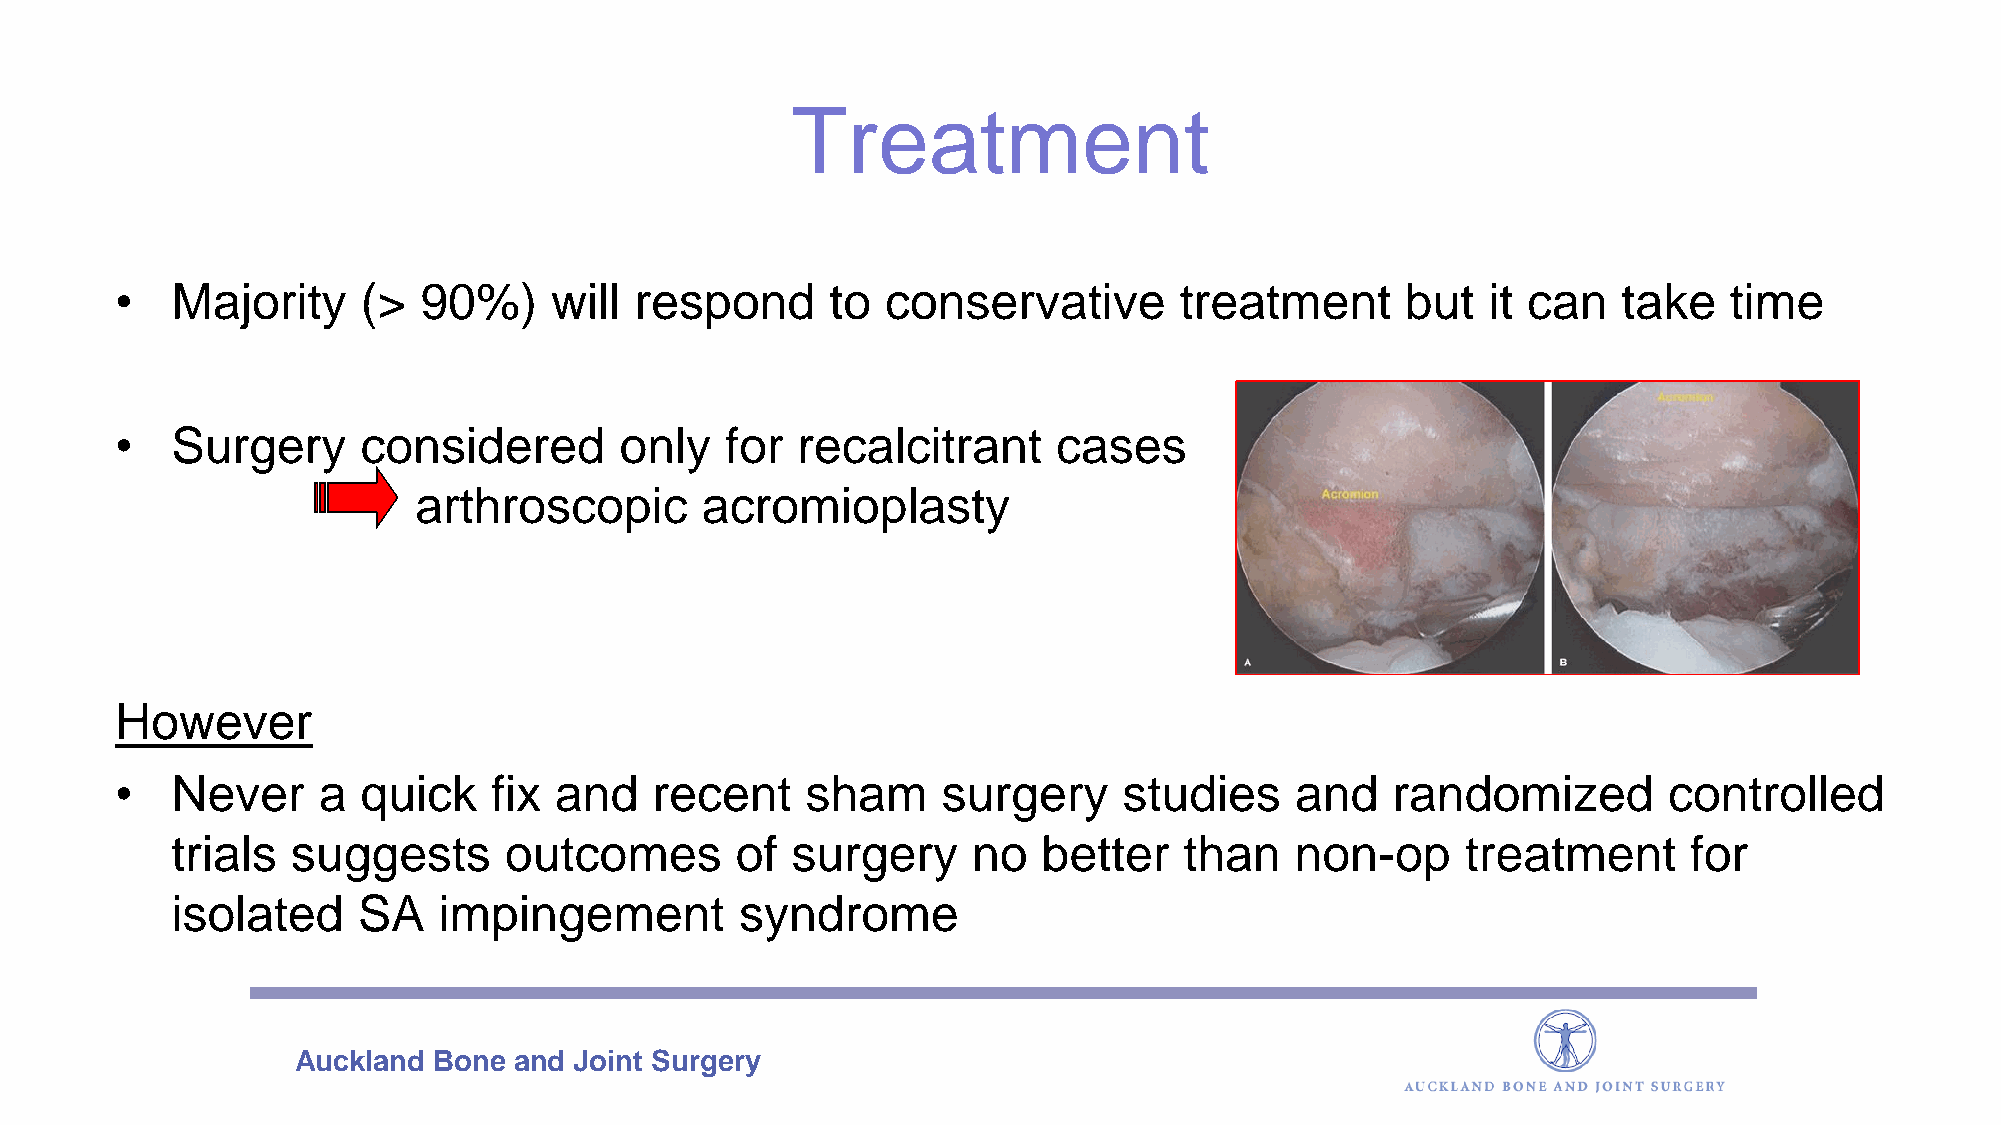
Treatment
 •  Majority     (>  90%)    will  respond      to  conservative       treatment      but  it can   take   time
 •  Surgery      considered       only   for  recalcitrant     cases
 arthroscopic       acromioplasty
 However
 •  Never     a  quick    fix and   recent    sham     surgery     studies     and   randomized        controlled
 trials  suggests      outcomes        of surgery     no   better   than    non-op     treatment      for
 isolated     SA   impingement         syndrome
 Auckland  Bone and Joint Surgery